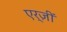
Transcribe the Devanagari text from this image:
एर्ज़ीं